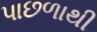
પાછળાથી